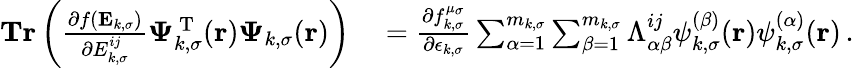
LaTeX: \begin{array}{rl}{\textbf{Tr}\left(\frac{\partial f(\mathbf{E}_{k,\sigma})}{\partial{E}_{k,\sigma}^{ij}}\boldsymbol{\Psi}_{k,\sigma}^{\mathrm{~T~}}(\boldsymbol{\textbf{r}})\boldsymbol{\Psi}_{k,\sigma}(\boldsymbol{\textbf{r}})\right)}&{{}=\frac{\partial f_{k,\sigma}^{\mu_{\sigma}}}{\partial\epsilon_{k,\sigma}}\sum_{\alpha=1}^{m_{k,\sigma}}\sum_{\beta=1}^{m_{k,\sigma}}\Lambda_{\alpha\beta}^{ij}\psi_{k,\sigma}^{(\beta)}(\boldsymbol{\textbf{r}})\psi_{k,\sigma}^{(\alpha)}(\boldsymbol{\textbf{r}})\, .}\end{array}